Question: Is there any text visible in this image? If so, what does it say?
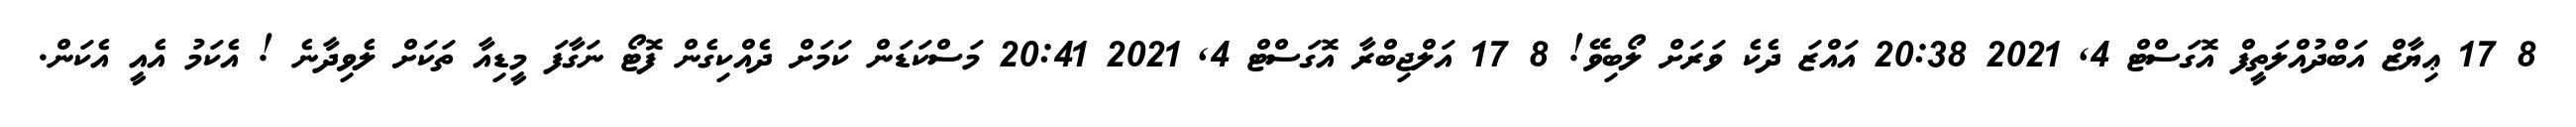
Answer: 8 17 ޢިޔާޒް އަބްދުއްލަތީފް އޮގަސްޓް 4, 2021 20:38 އައްޒަ ދެކެ ވަރަށް ލޯބިވޭ! 8 17 އަލްޖިބްރާ އޮގަސްޓް 4, 2021 20:41 މަސްކަޑަން ކަމަށް ދެއްކިގެން ފޮޓޯ ނަގާފަ މީޑިއާ ތަކަށް ލެވިދާނެ ! އެކަމު އެއީ އެކަން.